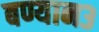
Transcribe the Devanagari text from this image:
बण्यान३